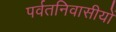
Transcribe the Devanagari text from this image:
पर्वतनिवासीयों